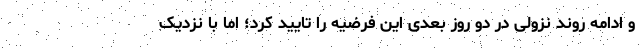
و ادامه روند نزولی در دو روز بعدی این فرضیه را تایید کرد؛ اما با نزدیک